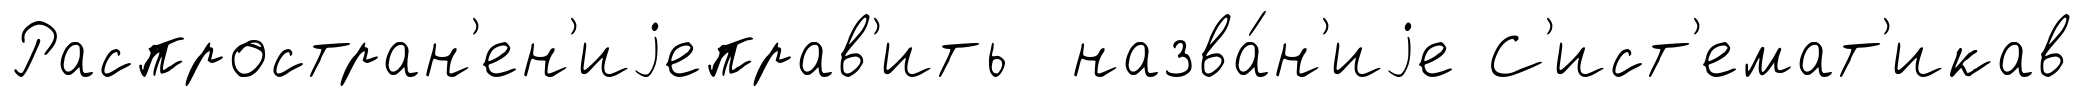
Распростран'ен'иjеправ'ить назва́н'иjе С'ист'емат'икав